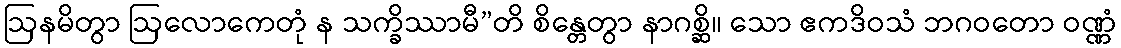
ဩနမိတွာ ဩလောကေတုံ န သက္ခိဿာမီ”တိ စိန္တေတွာ နာဂစ္ဆိ။ သော ဧကဒိဝသံ ဘဂဝတော ဝဏ္ဏံ